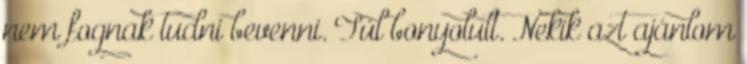
nem fognak tudni bevenni. Túl bonyolult. Nekik azt ajánlom